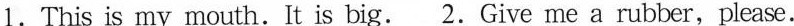
1.This is my mouth. It is big. 2.Give me a rubber,please.